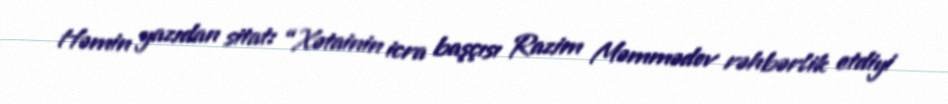
Həmin yazıdan sitat: “Xətainin icra başçısı Razim Məmmədov rəhbərlik etdiyi